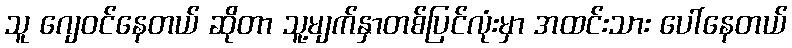
သူ ဂျေဝင်နေတယ် ဆိုတာ သူ့မျက်နှာတစ်ပြင်လုံးမှာ အထင်းသား ပေါ်နေတယ်